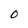
Character: 0